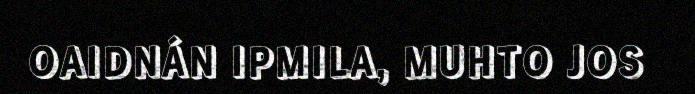
OAIDNÁN IPMILA, MUHTO JOS